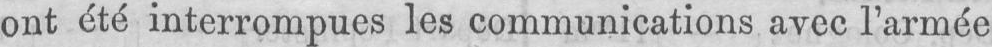
ont été interrompues les communications avec l’armée